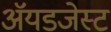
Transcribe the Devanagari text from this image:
ॲयडजेस्ट